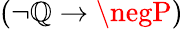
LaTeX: (\neg\mathbb{Q}\to\negP)